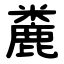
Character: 麊